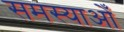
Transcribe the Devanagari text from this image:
समस्याओँ